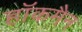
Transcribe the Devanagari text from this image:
हाॅकमैन